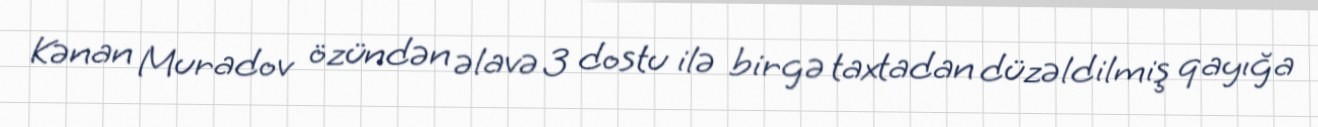
Kənan Muradov özündən əlavə 3 dostu ilə birgə taxtadan düzəldilmiş qayığa